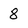
Character: 8